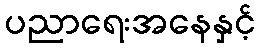
ပညာရေးအနေနှင့်